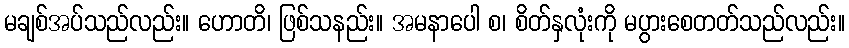
မချစ်အပ်သည်လည်း။ ဟောတိ၊ ဖြစ်သနည်း။ အမနာပေါ စ၊ စိတ်နှလုံးကို မပွားစေတတ်သည်လည်း။